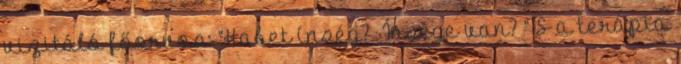
vizitáló főorvos: “Habet ínség? Ínsége van? ” S a terápia